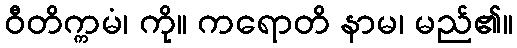
ဝီတိက္ကမံ၊ ကို။ ကရောတိ နာမ၊ မည်၏။